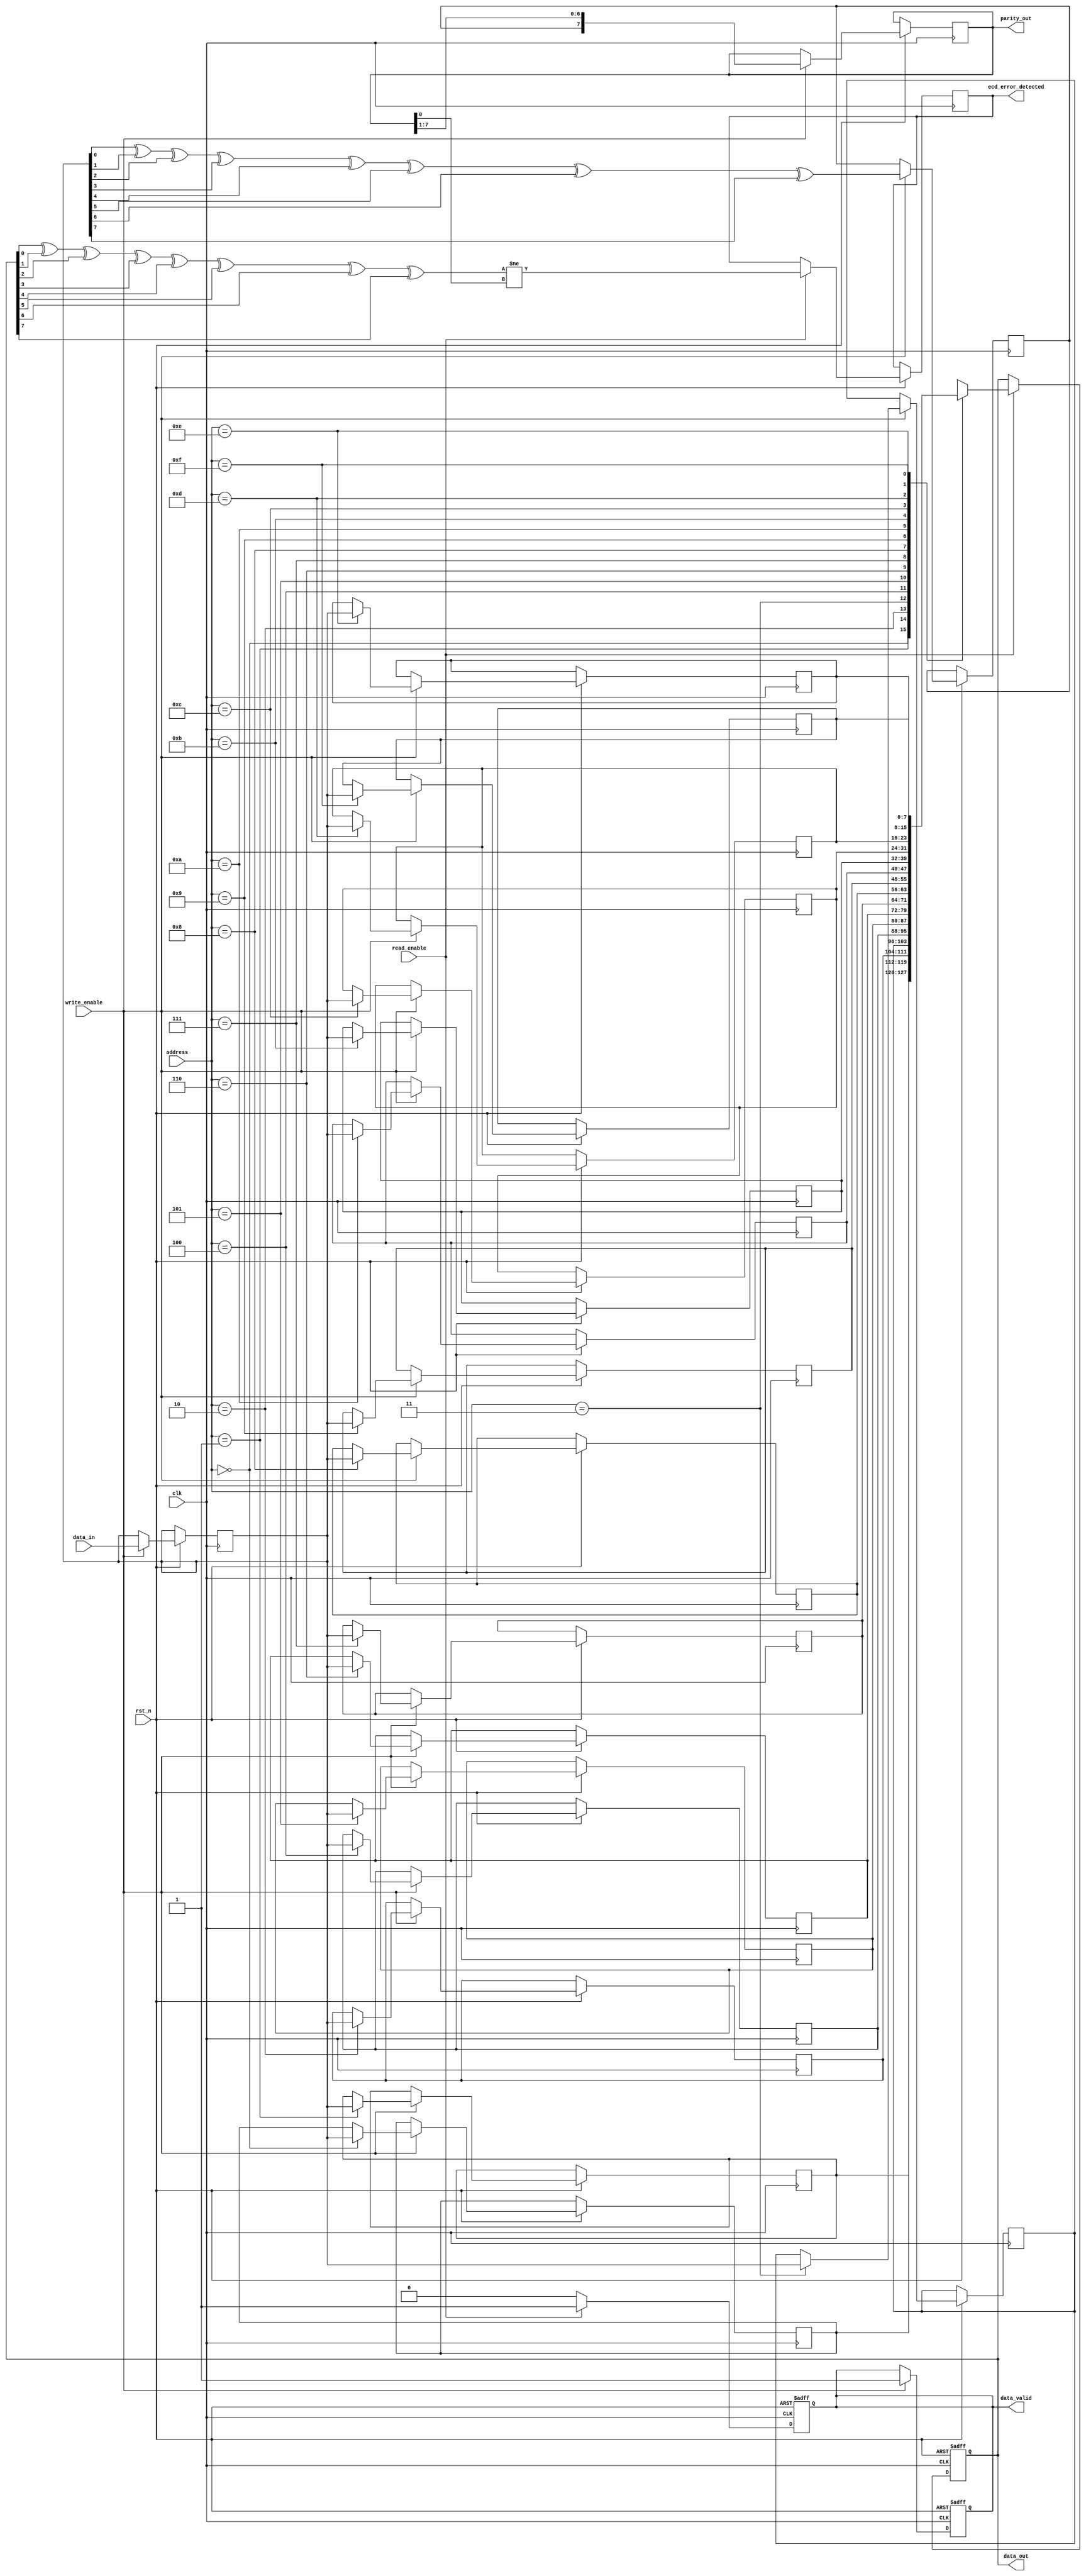
module FeRAM_IO_Block (
    input wire clk,                  // System clock
    input wire rst_n,                // Active low reset
    input wire write_enable,         // Write enable signal
    input wire read_enable,          // Read enable signal
    input wire [7:0] data_in,        // Data input
    input wire [3:0] address,        // Address input
    output reg [7:0] data_out,       // Data output
    output reg data_valid,           // Data valid signal
    output reg [7:0] parity_out,     // Parity output
    output reg ecd_error_detected     // Error detection signal
);

    // Internal signals
    reg [7:0] memory [0:15];         // Memory array (16 x 8 bits)
    reg [7:0] data_latch;            // Data latch for write operation
    reg parity_bit;                  // Parity bit for error detection

    // Parity calculation
    function [7:0] calculate_parity;
        input [7:0] data;
        integer i;
        begin
            calculate_parity = 0;
            for (i = 0; i < 8; i = i + 1) begin
                calculate_parity = calculate_parity ^ data[i];
            end
        end
    endfunction

    // Write operation
    always @(posedge clk or negedge rst_n) begin
        if (!rst_n) begin
            data_valid <= 0;
        end else if (write_enable) begin
            data_latch <= data_in; // Latch the input data
            memory[address] <= data_latch; // Write to memory
            parity_bit <= calculate_parity(data_latch); // Calculate parity
            parity_out <= {parity_bit, parity_out[7:1]}; // Shift out old parity
            data_valid <= 1; // Indicate data is valid
        end
    end

    // Read operation
    always @(posedge clk or negedge rst_n) begin
        if (!rst_n) begin
            data_out <= 8'b0;
            data_valid <= 0;
        end else if (read_enable) begin
            data_out <= memory[address]; // Read from memory
            data_valid <= 1; // Indicate data is valid
            // Check for parity error
            ecd_error_detected <= (calculate_parity(data_out) != parity_out[0]);
        end else begin
            data_valid <= 0; // Clear data valid if not reading
        end
    end

endmodule